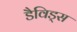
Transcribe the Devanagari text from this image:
डैविड्स